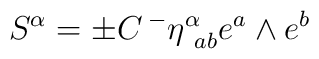
S^{\alpha } = \pm C \, {}^{-}\eta ^{\alpha }_{\ ab}e^a \wedge e^b \label S